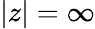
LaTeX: |z|=\infty